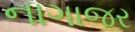
નાગાજર